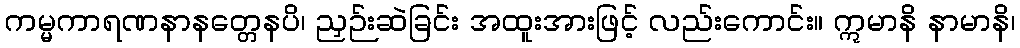
ကမ္မကာရဏနာနတ္တေနပိ၊ ညှဉ်းဆဲခြင်း အထူးအားဖြင့် လည်းကောင်း။ ဣမာနိ နာမာနိ၊